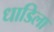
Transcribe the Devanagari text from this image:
धाडिला